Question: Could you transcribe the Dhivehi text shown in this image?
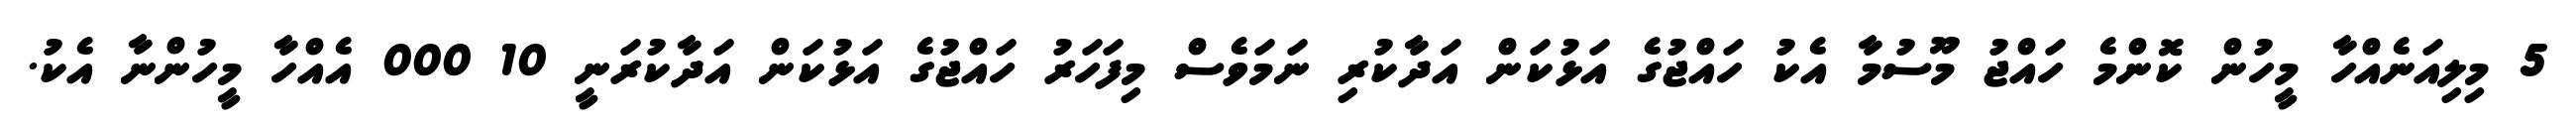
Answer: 5 މިލިއަނެއްހާ މީހުން ކޮންމެ ހައްޖު މޫސުމާ އެކު ހައްޖުގެ އަޅުކަން އަދާކުރި ނަމަވެސް މިފަހަރު ހައްޖުގެ އަޅުކަން އަދާކުރަނީ 10 000 އެއްހާ މީހުންނާ އެކު.